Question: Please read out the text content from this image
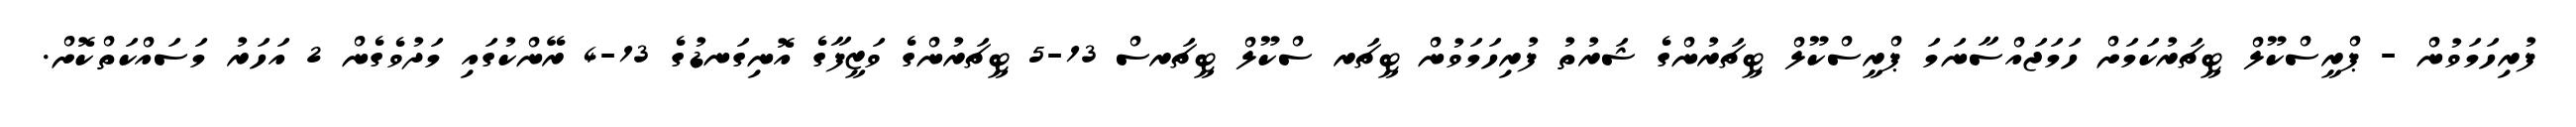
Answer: ފުރިހަމަވުން - ޕްރީސްކޫލް ޓީޗަރުކަމަށް ހަމަޖައްސާނަމަ ޕްރީސްކޫލް ޓީޗަރުންގެ ޝަރުތު ފުރިހަމަވުން ޓީޗަރ ސްކޫލް ޓީޗަރސް 13-5 ޓީޗަރުންގެ ވަޒީފާގެ އޮނިގަނޑުގެ 13-4 ރޭންކުގައި މަދުވެގެން 2 އަހަރު މަސައްކަތްކޮށް.